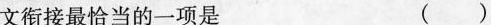
文衔接最恰当的一项是 ( )